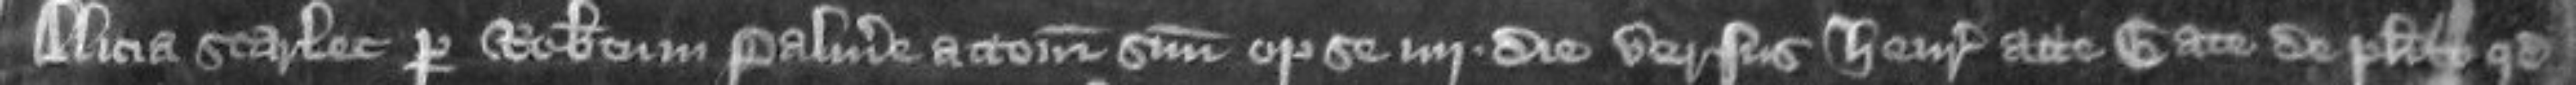
¶Alicia Scarlet per Robertum Palmere attornatum suum optulit se iiij die versus Henricum atte Gate de placito quod